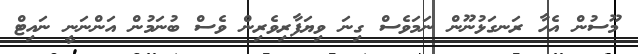
މޫސުން އެހާ ރަނގަޅުނޫން ނަމަވެސް ގިނަ ވިޔަފާރިވެރިން ވެސް ބުނަމުން އަންނަނީ ނައިޓް